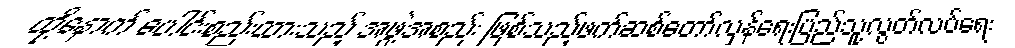
ထို့နောက် ပေါင်းစည်းထားသည့် အဖွဲ့အစည်း ဖြစ်သည့်ဖက်ဆစ်တော်လှန်ရေးပြည်သူ့လွတ်လပ်ရေး